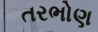
તરભોણ